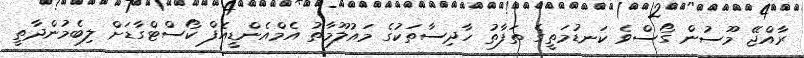
ރާއްޖޭ މޫސުން ގޯސްވެ ކަނޑުމަތީގެ ތަފާތު ހާދިސާތަކުގެ މައުލޫމާތު އެމްއެންޑީއެފް ކޯސްޓްގާޑަށް ލިބެމުންދާތީ